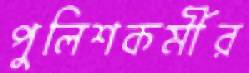
পুলিশকর্মীর